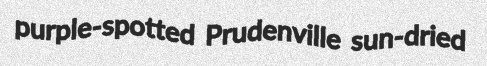
purple-spotted Prudenville sun-dried